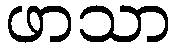
ဖာသာ